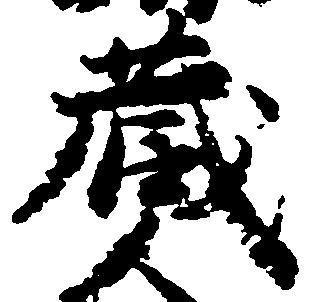
蔵